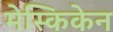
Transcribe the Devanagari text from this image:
मेस्किकेन